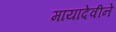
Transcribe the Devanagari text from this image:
मायादेवीने